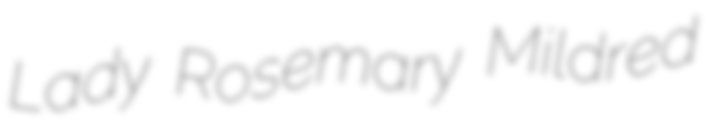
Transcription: Lady Rosemary Mildred